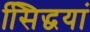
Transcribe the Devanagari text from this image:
सििद्धयां